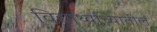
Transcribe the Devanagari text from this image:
विद्यार्थ्यांच्यातील